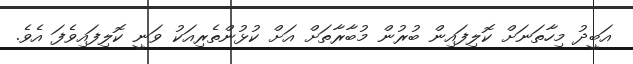
އަބީދު މިހާތަނަށް ކޮލިފައިން ބުރުން މުބާރާތަށް އަށް ކުޅުންތެރިއަކު ވަނީ ކޮލިފައިވެފަ އެވެ.